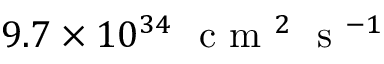
9 . 7 \times 1 0 ^ { 3 4 } \ \textrm { c m } ^ { 2 } \ \textrm { s } ^ { - 1 }